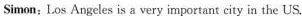
Simon：Los Angeles is a very important city in the US.